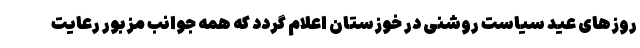
روزهای عید سیاست روشنی در خوزستان اعلام گردد که همه جوانب مزبور رعایت